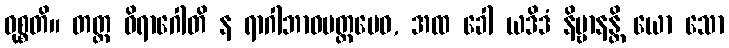
ဝုစ္စတိ။ တတ္ထ ဝိရာဂေါတိ န ရာဂါဘာဝမတ္တမေဝ, အထ ခေါ ယဒိဒံ နိဗ္ဗာနန္တိ ယော သော